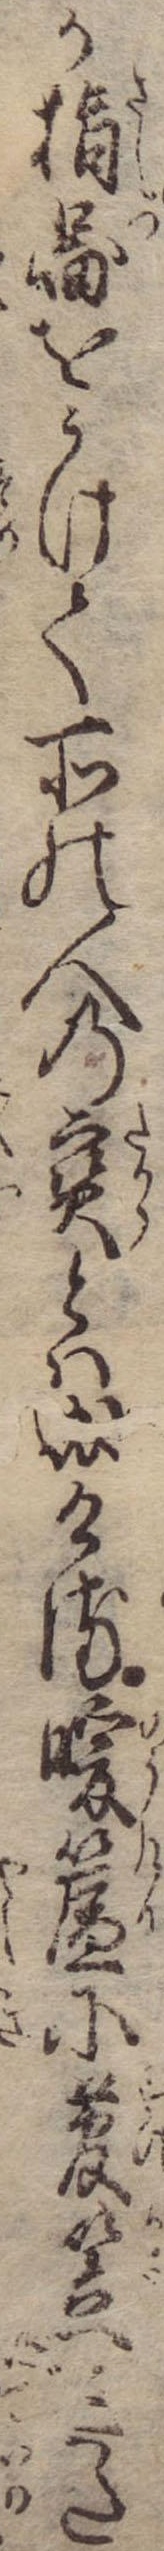
か指図をうけて所の人の宝とは成ける暖簾に菅笠きた